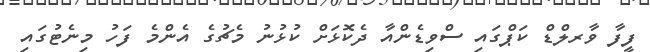
ފީފާ ވާރލްޑް ކަޕްގައި ސްވިޑެންއާ ދެކޮޅަށް ކުޅުނު މެޗުގެ އެންމެ ފަހު މިނެޓުގައި